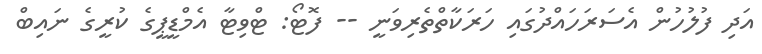
އަދި ފުލުހުން އެސަރަަހައްދުގައި ހަރަކާތްތެރިވަނީ -- ފޮޓޯ: ޓްވިޓާ އެމްޑީޕީގެ ކުރީގެ ނައިބް